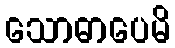
သောဓာပေမိ